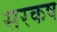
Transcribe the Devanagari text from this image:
सरकष